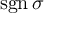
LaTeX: \operatorname { s g n } \sigma